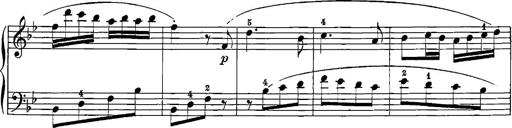
Title: 12 Sonatinas
Composer: Ignaz Pleyel